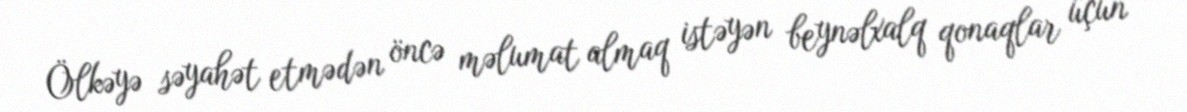
Ölkəyə səyahət etmədən öncə məlumat almaq istəyən beynəlxalq qonaqlar üçün